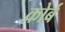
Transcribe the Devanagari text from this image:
कोर्ब